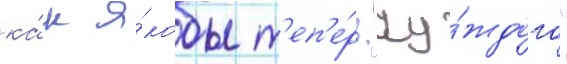
ка́к я́кобы т'еп'е́рь "чу́ждого"